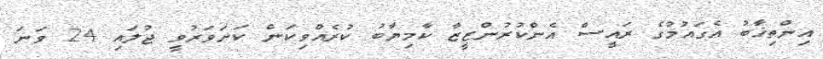
އިންތިޚާބު އެގައުމުގެ ރައީސް އެންކުރުންޒީޒާ ކާމިޔާބު ކުރެއްވިކަން ކަށަވަރުވީ ޖުލައި 24 ވަނަ